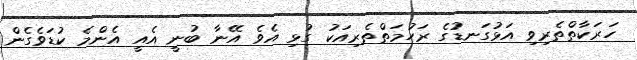
ހަރަކާތްތެރިވި އަޅުގަނޑުގެ ރަހުމަތްތެރިއަކު ގުޅި އެވެ އޭނާ ބުނީ އެއީ އެންމެ ކުޑަވެގެން